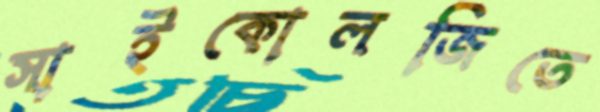
সাইকোলজিতে